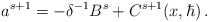
\begin{align*}a^{s+1}=-\delta^{-1}B^s+C^{s+1}(x,\hbar)\,.\end{align*}